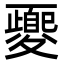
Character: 夒